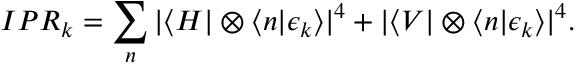
I P R _ { k } = \sum _ { n } | \langle H | \otimes \langle n | \epsilon _ { k } \rangle | ^ { 4 } + | \langle V | \otimes \langle n | \epsilon _ { k } \rangle | ^ { 4 } .